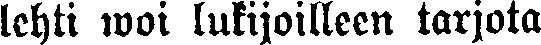
lehti woi lukijoilleen tarjota